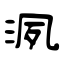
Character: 洬